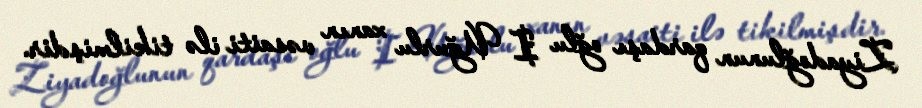
Ziyadoğlunun qardaşı oğlu I Uğurlu xanın vəsaiti ilə tikilmişdir.